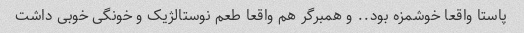
پاستا واقعا خوشمزه بود.. و همبرگر هم واقعا طعم نوستالژیک و خونگی خوبی داشت